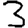
Digit: 3